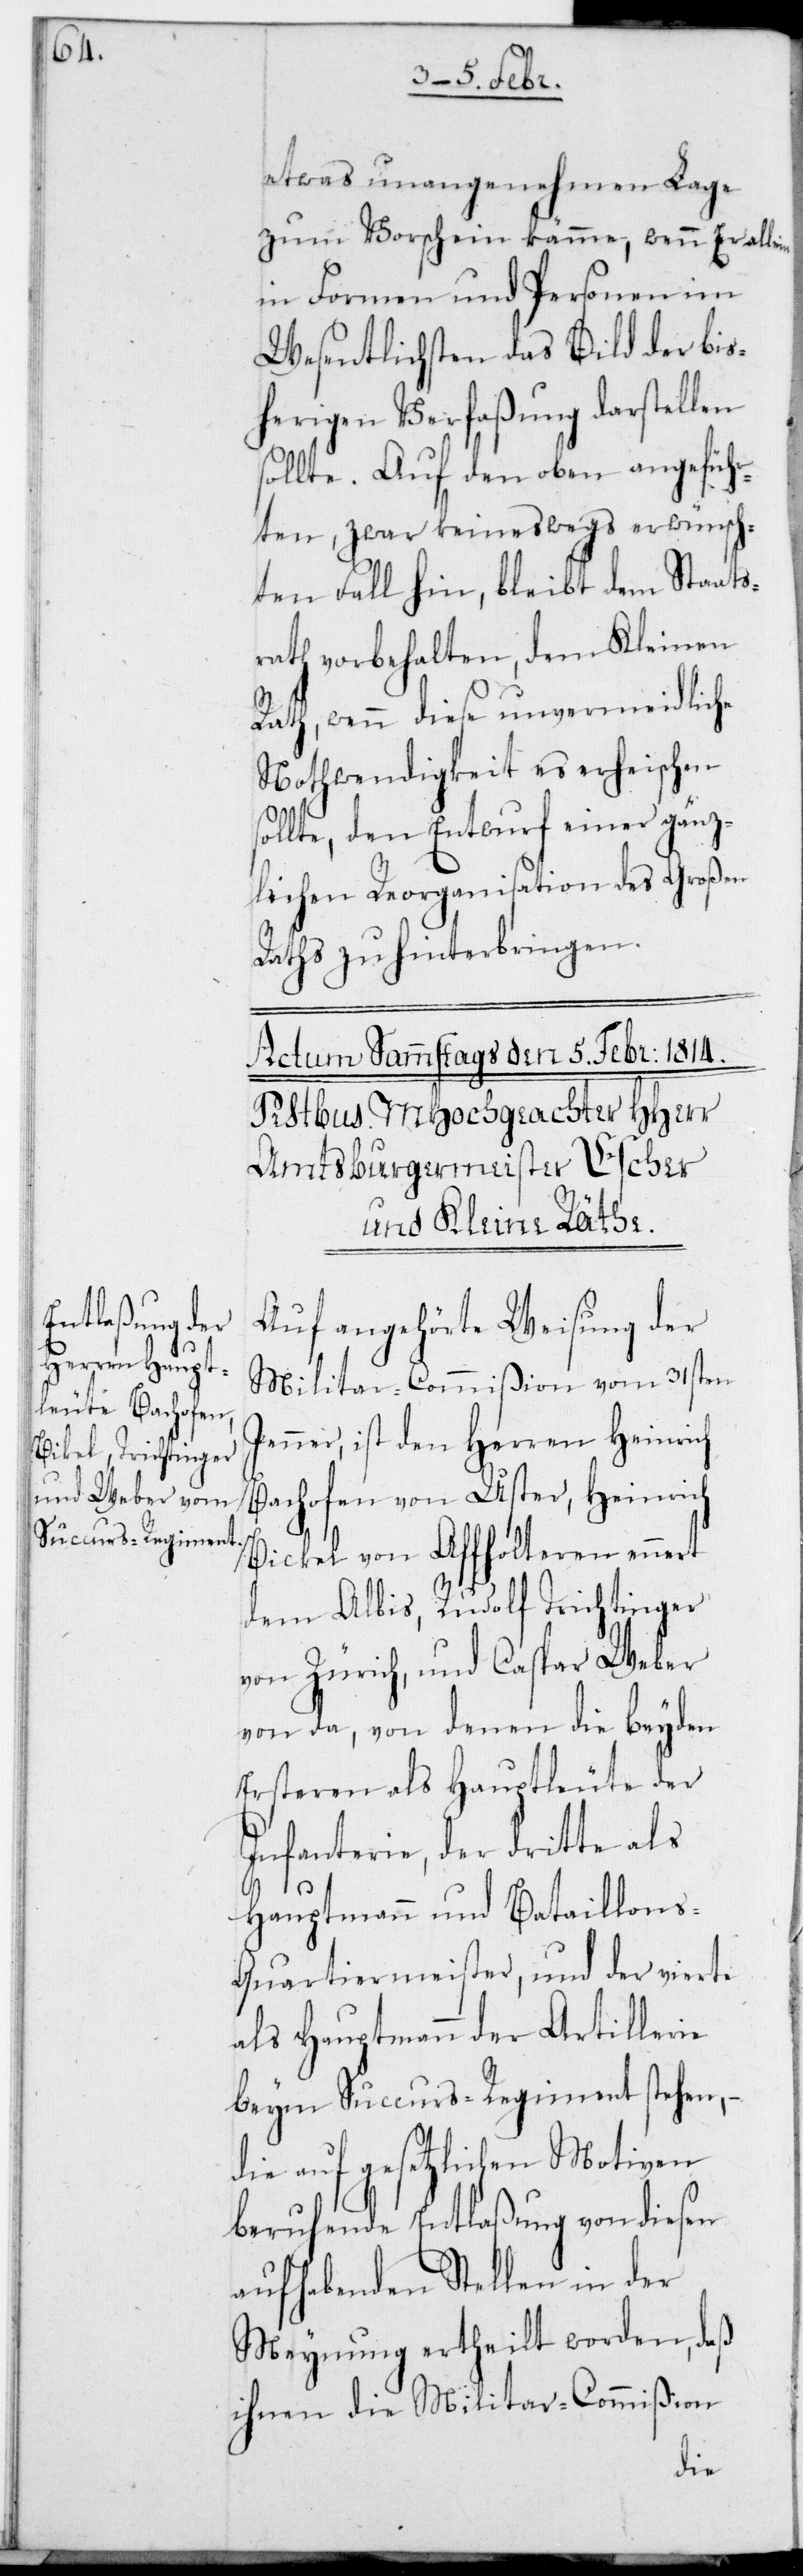
etwas unangenehmen Lage
zum Vorschein käme, wenn Er alle¬
in Formen und Personen im
Wesentlichsten das Bild der bis¬
herigen Verfaßung darstellen
sollte. Auf den oben angeführ¬
ten, zwar keineswegs erwünsch¬
ten Fall hin, bleibt dem Staats¬
rath vorbehalten, dem Kleinen
Rath, wenn diese unvermeidliche
Nothwendigkeit es erheischen
sollte, den Entwurf einer gänz¬
lichen Reorganisation des Großen
Raths zu hinterbringen.
Auf angehörte Weisung der
Militar-Commißion vom 31sten
Jenner, ist den Herren Heinrich
Bachofen von Uster, Heinrich
Bickel von Affoltern ennert
dem Albis, Rudolf Trichtinger
von Zürich, und Caspar Weber
von da, von denen die beyden
ersteren als Hauptleute der
Infanterie, der dritte als
Hauptmann und Bataillon¬
s-Quartiermeister, und der vierte
als Hauptmann der Artillerie
beym Succurs-Regiment stehen, –
die auf gesetzlichen Motiven
beruhende Entlaßung von diesen
aufhabenden Stellen in der
Meynung ertheilt worden, daß
ihnen die Militar-Commißion
in